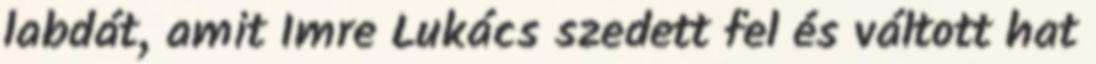
labdát, amit Imre Lukács szedett fel és váltott hat